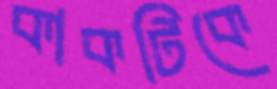
কাকটিকে